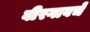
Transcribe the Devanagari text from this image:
वीरगावचे